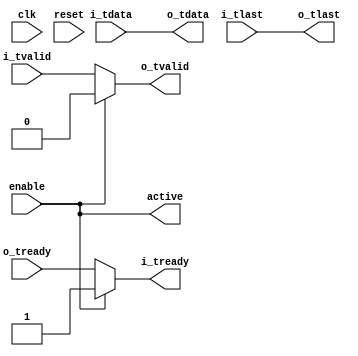
//
// Copyright 2017 Ettus Research
//
// Throttle input stream.
//

module axi_throttle #(
  parameter INITIAL_STATE = 0,   // Throttle state after reset
  parameter WAIT_FOR_LAST = 0,   // 0: Throttle mid packet, 1: Wait for end of packet
  parameter WIDTH         = 64
)(
  input clk,
  input reset,
  input enable,
  output active,
  input [WIDTH-1:0] i_tdata,
  input i_tlast,
  input i_tvalid,
  output i_tready,
  output [WIDTH-1:0] o_tdata,
  output o_tlast,
  output o_tvalid,
  input o_tready
);

  reg throttle_reg = INITIAL_STATE[0];
  reg mid_pkt;

  assign active = WAIT_FOR_LAST ? throttle_reg : enable;

  assign o_tdata  = i_tdata;
  assign o_tlast  = i_tlast;
  assign o_tvalid = active ? 1'b0 : i_tvalid;
  assign i_tready = active ? 1'b1 : o_tready;

  always @(posedge clk) begin
    if (reset) begin
      mid_pkt      <= 1'b0;
      throttle_reg <= INITIAL_STATE[0];
    end else begin
      if (i_tvalid & i_tready) begin
        mid_pkt    <= ~i_tlast;
      end
      if (enable & ((i_tvalid & i_tready & i_tlast) | (~mid_pkt & (~i_tvalid | ~i_tready)))) begin
        throttle_reg <= 1'b1;
      end else if (~enable) begin
        throttle_reg <= 1'b0;
      end
    end
  end

endmodule